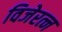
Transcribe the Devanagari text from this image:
विजेरत्न